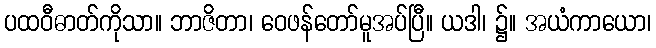
ပထဝီဓာတ်ကိုသာ။ ဘာဇိတာ၊ ဝေဖန်တော်မူအပ်ပြီ။ ယဒါ၊ ၌။ အယံကာယော၊